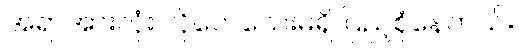
အရာအားလုံး လိုလေသေးမရှိ ပြည့်စုံနေတယ်။